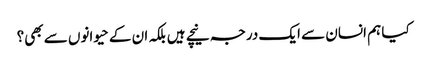
کیا ہم انسان سے ایک درجہ نیچے ہیں بلکہ ان کے حیوانوں سے بھی؟